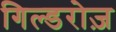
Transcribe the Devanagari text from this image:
गिल्डरोज़